Plague in India, 1896, 1897 - Volume 3
Year: 1896
Disease focus: Plague
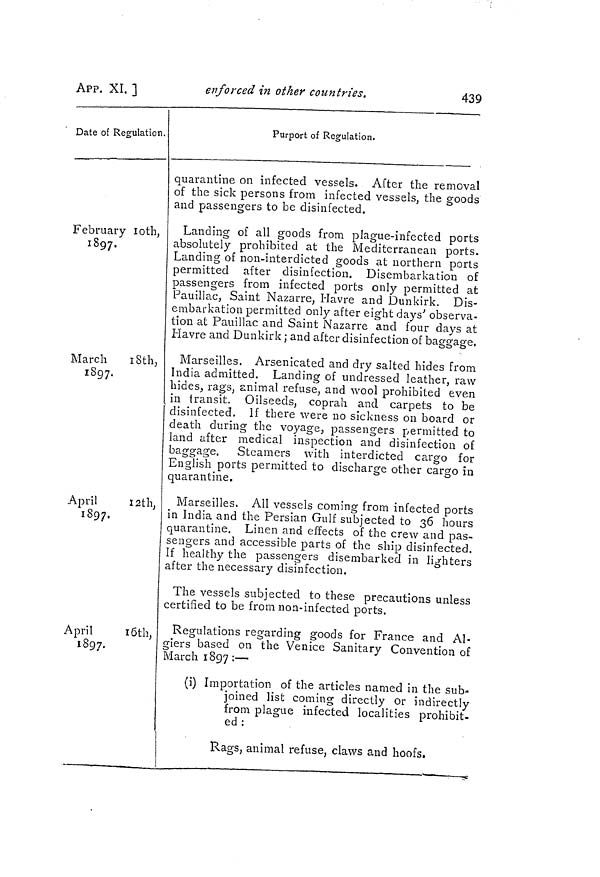
APP. XI. ]
enforced in other countries.
439
Date of Regulation.
February loth,
1897.
March
iSth,
1897. f l
April
1 2th,
1897.
April
1 6th.
i
;
l897.
Purport of Regulation.
quarantine on infected vessels. After the removal
of the sick persons from infected vessels, the goods
and passengers to be disinfected.
Landing of all goods from plague-infected ports
absolutely prohibited at the Mediterranean ports.
Landing of non-interdicted goods at northern ports
permitted after disinfection. Disembarkation of
passengers from infected ports only permitted at
Pauillac, Saint Nazarre, Havre and Dunkirk. Dis-
embarkation permitted only after eight days' observa-
tion at Pauillac and Saint Nazarre and four days at
Havre and Dunkirk ; and after disinfection of baggage.
Marseilles. Arsenicated and dry salted hides from
India admitted. Landing of undressed leather, raw
hides, rags, animal refuse, and wool prohibited even
in transit. Oilseeds, coprah and carpets to be
disinfected. If there were no sickness on board or
death during the voyage, passengers permitted to
land after medical inspection and disinfection of
baggage. Steamers with interdicted cargo for
English ports permitted to discharge other cargo in
quarantine.
Marseilles. All vessels coming from infected ports
in India and the Persian Gulf subjected to 36 hours
quarantine. Linen and effects of the crew and pas-
sengers and accessible parts of the ship disinfected.
If healthy the passengers disembarked in lighters
after the necessary disinfection.
The vessels subjected to these precautions unless
certified to be from non-infected ports.
Regulations regarding goods for France and Al-
giers based on the Venice Sanitary Convention of
March 1897: —
(i) Importation of the articles named in the sub-
joined list coming directly Or indirectly
from plague infected localities prohibit-
ed :
Rags, animal refuse, claws and hoofs.